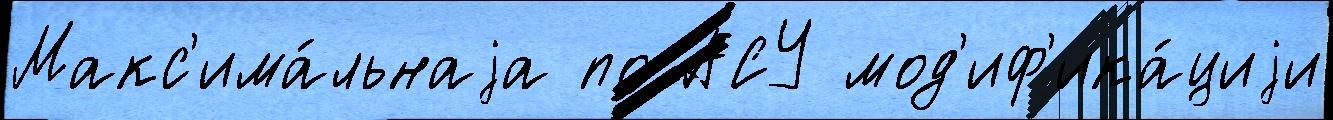
Макс'има́льнаjа по А́СУ мод'иф'ика́циjи